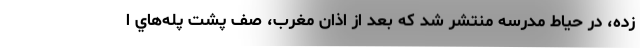
زده، در حياط مدرسه منتشر شد كه بعد از اذان مغرب، صف پشت پله‌هاي ا